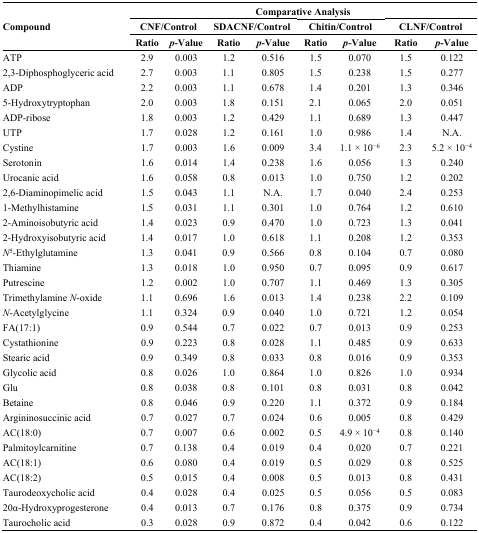
<table><thead><tr><td rowspan="3"><b>Compound</b></td><td colspan="8"><b>Comparative Analysis</b></td></tr><tr><td colspan="2"><b>CNF/Control</b></td><td colspan="2"><b>SDACNF/Control</b></td><td colspan="2"><b>Chitin/Control</b></td><td colspan="2"><b>CLNF/Control</b></td></tr><tr><td><b>Ratio</b></td><td><b><i>p</i>-Value</b></td><td><b>Ratio</b></td><td><b><i>p</i>-Value</b></td><td><b>Ratio</b></td><td><b><i>p</i>-Value</b></td><td><b>Ratio</b></td><td><b><i>p</i>-Value</b></td></tr></thead><tbody><tr><td>ATP</td><td>2.9</td><td>0.003</td><td>1.2</td><td>0.516</td><td>1.5</td><td>0.070</td><td>1.5</td><td>0.122</td></tr><tr><td>2,3-Diphosphoglyceric acid</td><td>2.7</td><td>0.003</td><td>1.1</td><td>0.805</td><td>1.5</td><td>0.238</td><td>1.5</td><td>0.277</td></tr><tr><td>ADP</td><td>2.2</td><td>0.003</td><td>1.1</td><td>0.678</td><td>1.4</td><td>0.201</td><td>1.3</td><td>0.346</td></tr><tr><td>5-Hydroxytryptophan</td><td>2.0</td><td>0.003</td><td>1.8</td><td>0.151</td><td>2.1</td><td>0.065</td><td>2.0</td><td>0.051</td></tr><tr><td>ADP-ribose</td><td>1.8</td><td>0.003</td><td>1.2</td><td>0.429</td><td>1.1</td><td>0.689</td><td>1.3</td><td>0.447</td></tr><tr><td>UTP</td><td>1.7</td><td>0.028</td><td>1.2</td><td>0.161</td><td>1.0</td><td>0.986</td><td>1.4</td><td>N.A.</td></tr><tr><td>Cystine</td><td>1.7</td><td>0.003</td><td>1.6</td><td>0.009</td><td>3.4</td><td>1.1 × 10<sup>−6</sup></td><td>2.3</td><td>5.2 × 10<sup>−4</sup></td></tr><tr><td>Serotonin</td><td>1.6</td><td>0.014</td><td>1.4</td><td>0.238</td><td>1.6</td><td>0.056</td><td>1.3</td><td>0.240</td></tr><tr><td>Urocanic acid</td><td>1.6</td><td>0.058</td><td>0.8</td><td>0.013</td><td>1.0</td><td>0.750</td><td>1.2</td><td>0.202</td></tr><tr><td>2,6-Diaminopimelic acid</td><td>1.5</td><td>0.043</td><td>1.1</td><td>N.A.</td><td>1.7</td><td>0.040</td><td>2.4</td><td>0.253</td></tr><tr><td>1-Methylhistamine</td><td>1.5</td><td>0.031</td><td>1.1</td><td>0.301</td><td>1.0</td><td>0.764</td><td>1.2</td><td>0.610</td></tr><tr><td>2-Aminoisobutyric acid</td><td>1.4</td><td>0.023</td><td>0.9</td><td>0.470</td><td>1.0</td><td>0.723</td><td>1.3</td><td>0.041</td></tr><tr><td>2-Hydroxyisobutyric acid</td><td>1.4</td><td>0.017</td><td>1.0</td><td>0.618</td><td>1.1</td><td>0.208</td><td>1.2</td><td>0.353</td></tr><tr><td><i>N</i><sup>5</sup>-Ethylglutamine</td><td>1.3</td><td>0.041</td><td>0.9</td><td>0.566</td><td>0.8</td><td>0.104</td><td>0.7</td><td>0.080</td></tr><tr><td>Thiamine</td><td>1.3</td><td>0.018</td><td>1.0</td><td>0.950</td><td>0.7</td><td>0.095</td><td>0.9</td><td>0.617</td></tr><tr><td>Putrescine</td><td>1.2</td><td>0.002</td><td>1.0</td><td>0.707</td><td>1.1</td><td>0.469</td><td>1.3</td><td>0.305</td></tr><tr><td>Trimethylamine<i>N</i>-oxide</td><td>1.1</td><td>0.696</td><td>1.6</td><td>0.013</td><td>1.4</td><td>0.238</td><td>2.2</td><td>0.109</td></tr><tr><td><i>N</i>-Acetylglycine</td><td>1.1</td><td>0.324</td><td>0.9</td><td>0.040</td><td>1.0</td><td>0.721</td><td>1.2</td><td>0.054</td></tr><tr><td>FA(17:1)</td><td>0.9</td><td>0.544</td><td>0.7</td><td>0.022</td><td>0.7</td><td>0.013</td><td>0.9</td><td>0.253</td></tr><tr><td>Cystathionine</td><td>0.9</td><td>0.223</td><td>0.8</td><td>0.028</td><td>1.1</td><td>0.485</td><td>0.9</td><td>0.633</td></tr><tr><td>Stearic acid</td><td>0.9</td><td>0.349</td><td>0.8</td><td>0.033</td><td>0.8</td><td>0.016</td><td>0.9</td><td>0.353</td></tr><tr><td>Glycolic acid</td><td>0.8</td><td>0.026</td><td>1.0</td><td>0.864</td><td>1.0</td><td>0.826</td><td>1.0</td><td>0.934</td></tr><tr><td>Glu</td><td>0.8</td><td>0.038</td><td>0.8</td><td>0.101</td><td>0.8</td><td>0.031</td><td>0.8</td><td>0.042</td></tr><tr><td>Betaine</td><td>0.8</td><td>0.046</td><td>0.9</td><td>0.220</td><td>1.1</td><td>0.372</td><td>0.9</td><td>0.184</td></tr><tr><td>Argininosuccinic acid</td><td>0.7</td><td>0.027</td><td>0.7</td><td>0.024</td><td>0.6</td><td>0.005</td><td>0.8</td><td>0.429</td></tr><tr><td>AC(18:0)</td><td>0.7</td><td>0.007</td><td>0.6</td><td>0.002</td><td>0.5</td><td>4.9 × 10<sup>−4</sup></td><td>0.8</td><td>0.140</td></tr><tr><td>Palmitoylcarnitine</td><td>0.7</td><td>0.138</td><td>0.4</td><td>0.019</td><td>0.4</td><td>0.020</td><td>0.7</td><td>0.221</td></tr><tr><td>AC(18:1)</td><td>0.6</td><td>0.080</td><td>0.4</td><td>0.019</td><td>0.5</td><td>0.029</td><td>0.8</td><td>0.525</td></tr><tr><td>AC(18:2)</td><td>0.5</td><td>0.015</td><td>0.4</td><td>0.008</td><td>0.5</td><td>0.013</td><td>0.8</td><td>0.431</td></tr><tr><td>Taurodeoxycholic acid</td><td>0.4</td><td>0.028</td><td>0.4</td><td>0.025</td><td>0.5</td><td>0.056</td><td>0.5</td><td>0.083</td></tr><tr><td>20α-Hydroxyprogesterone</td><td>0.4</td><td>0.013</td><td>0.7</td><td>0.176</td><td>0.8</td><td>0.375</td><td>0.9</td><td>0.734</td></tr><tr><td>Taurocholic acid</td><td>0.3</td><td>0.028</td><td>0.9</td><td>0.872</td><td>0.4</td><td>0.042</td><td>0.6</td><td>0.122</td></tr></tbody></table>